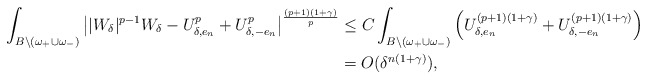
\begin{align*}\int_{{B} \backslash (\omega_+ \cup \omega_-)} \left| |W_\delta|^{p-1}W_\delta - U_{\delta,e_n}^p+U_{\delta,-e_n}^p \right|^\frac{(p+1)(1+\gamma)}{p} &\leq C \int_{{B} \backslash (\omega_+ \cup \omega_-)} \left( U_{\delta,e_n}^{(p+1)(1+\gamma)}+ U_{\delta,-e_n}^{(p+1)(1+\gamma)}\right)\\&=O(\delta^{n(1+\gamma)}),\end{align*}